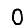
Digit: 0